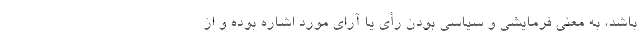
باشد، به معنی فرمایشی و سیاسی بودن رأی یا آرای مورد اشاره بوده و از